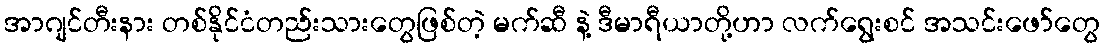
အာဂျင်တီးနား တစ်နိုင်ငံတည်းသားတွေဖြစ်တဲ့ မက်ဆီ နဲ့ ဒီမာရီယာတို့ဟာ လက်ရွေးစင် အသင်းဖော်တွေ